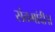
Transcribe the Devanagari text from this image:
संतमांदी॥